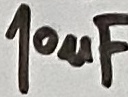
Text: 10µF